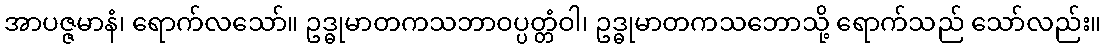
အာပဇ္ဇမာနံ၊ ရောက်လသော်။ ဥဒ္ဓုမာတကသဘာဝပ္ပတ္တံဝါ၊ ဥဒ္ဓုမာတကသဘောသို့ ရောက်သည် သော်လည်း။